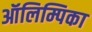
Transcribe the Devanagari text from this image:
ऑलिम्पिका